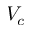
V _ { c }